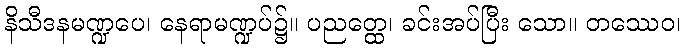
နိသီဒနမဏ္ဍပေ၊ နေရာမဏ္ဍပ်၌။ ပညတ္ထေ၊ ခင်းအပ်ပြီး သော။ တဿေဝ၊